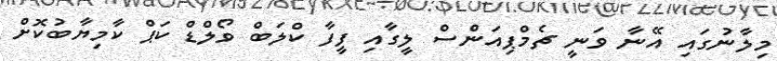
މިލާނުގައި އޭނާ ވަނީ ޗެމްޕިއަންސް ލީގާއި ފީފާ ކްލަބް ވޯލްޑް ކަޕް ކާމިޔާބުކޮށް